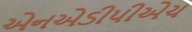
એનએડીપીએચ